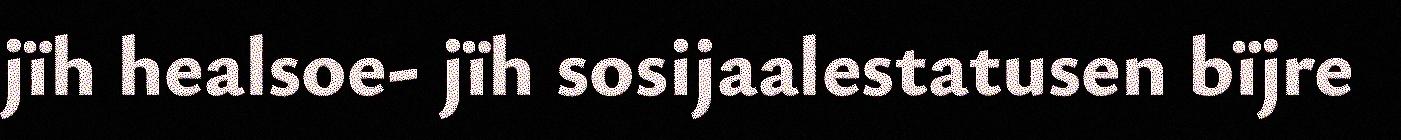
jïh healsoe- jïh sosijaalestatusen bïjre